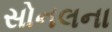
સોનલના